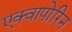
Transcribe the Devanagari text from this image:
एक्वापोरिन